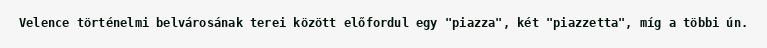
Velence történelmi belvárosának terei között előfordul egy "piazza", két "piazzetta", míg a többi ún.